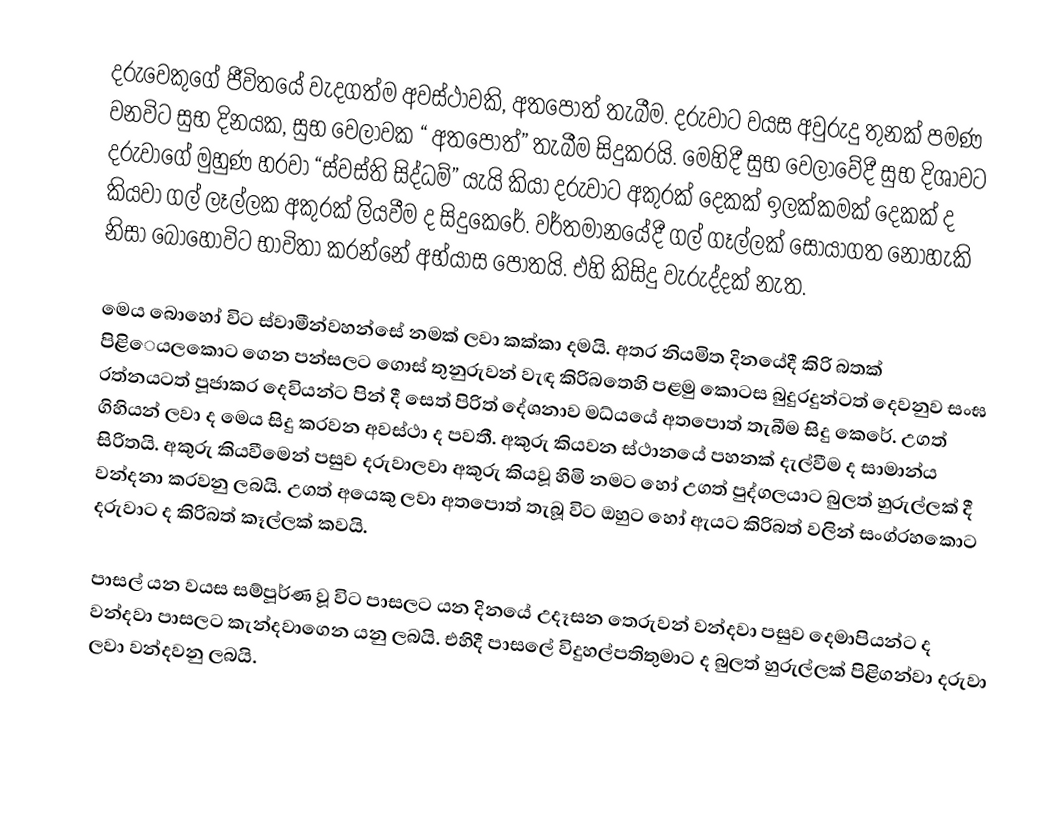
දරුවෙකුගේ ජීවිතයේ වැදගත්ම අවස්ථාවකි, අතපොත් තැබීම. දරුවාට වයස අවුරුදු තුනක් පමණ වනවිට සුභ දිනයක, සුභ වෙලාවක “ අතපොත්” තැබීම සිදුකරයි. මෙහිදී සුභ වෙලාවේදී සුභ දිශාවට දරුවාගේ මුහුණ හරවා “ස්වස්ති සිද්ධම්” යැයි කියා දරුවාට අකුරක් දෙකක් ඉලක්කමක් දෙකක් ද කියවා ගල් ලෑල්ලක අකුරක් ලියවීම ද සිදුකෙරේ. වර්තමානයේදී ගල් ගෑල්ලක් සොයාගත නොහැකි නිසා බොහෝවිට භාවිතා කරන්නේ අභ්යාස පොතයි. එහි කිසිදු වැරුද්දක් නැත.

මෙය බොහෝ විට ස්වාමීන්වහන්සේ නමක් ලවා කක්කා දමයි. අතර නියමිත දිනයේදී කිරි බතක් පිළිෙයලකොට ගෙන පන්සලට ගොස් තුනුරුවන් වැඳ කිරිබතෙහි පළමු කොටස බුදුරදුන්ටත් දෙවනුව සංඝ රත්නයටත් පූජාකර දෙවියන්ට පින් දී සෙත් පිරිත් දේශනාව මධ්යයේ අතපොත් තැබීම සිදු කෙරේ. උගත් ගිහියන් ලවා ද මෙය සිදු කරවන අවස්ථා ද පවතී. අකුරු කියවන ස්ථානයේ පහනක් දැල්වීම ද සාමාන්ය සිරිතයි. අකුරු කියවීමෙන් පසුව දරුවාලවා අකුරු කියවූ හිමි නමට හෝ උගත් පුද්ගලයාට බුලත් හුරුල්ලක් දී වන්දනා කරවනු ලබයි. උගත් අයෙකු ලවා අතපොත් තැබූ විට ඔහුට හෝ ඇයට කිරිබත් වලින් සංග්රහකොට දරුවාට ද කිරිබත් කෑල්ලක් කවයි.

පාසල් යන වයස සම්පූර්ණ වූ විට පාසලට යන දිනයේ උදෑසන තෙරුවන් වන්දවා පසුව දෙමාපියන්ට ද වන්දවා පාසලට කැන්දවාගෙන යනු ලබයි. එහිදී පාසලේ විදුහල්පතිතුමාට ද බුලත් හුරුල්ලක් පිළිගන්වා දරුවා ලවා වන්දවනු ලබයි.